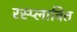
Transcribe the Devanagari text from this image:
रस्प्लावित